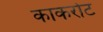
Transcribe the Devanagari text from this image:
काकरोट